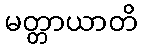
မတ္တာယာတိ